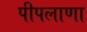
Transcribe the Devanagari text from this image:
पीपलाणा